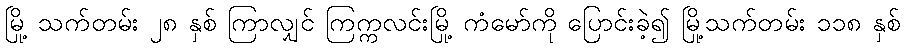
မြို့ သက်တမ်း ၂၈ နှစ် ကြာလျှင် ကြက္ကလင်းမြို့ ကံမော်ကို ပြောင်းခဲ့၍ မြို့သက်တမ်း ၁၁၈ နှစ်